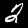
Digit: 2